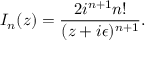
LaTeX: I _ { n } ( z ) = \frac { 2 i ^ { n + 1 } n ! } { ( z + i \epsilon ) ^ { n + 1 } } .